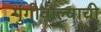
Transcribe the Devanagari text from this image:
पुंगीवाल्याची